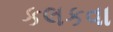
કલકવા